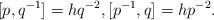
LaTeX: \begin{align*}[p, q^{-1}]=h q^{-2},[p^{-1}, q]=h p^{-2}.\end{align*}